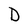
Character: D